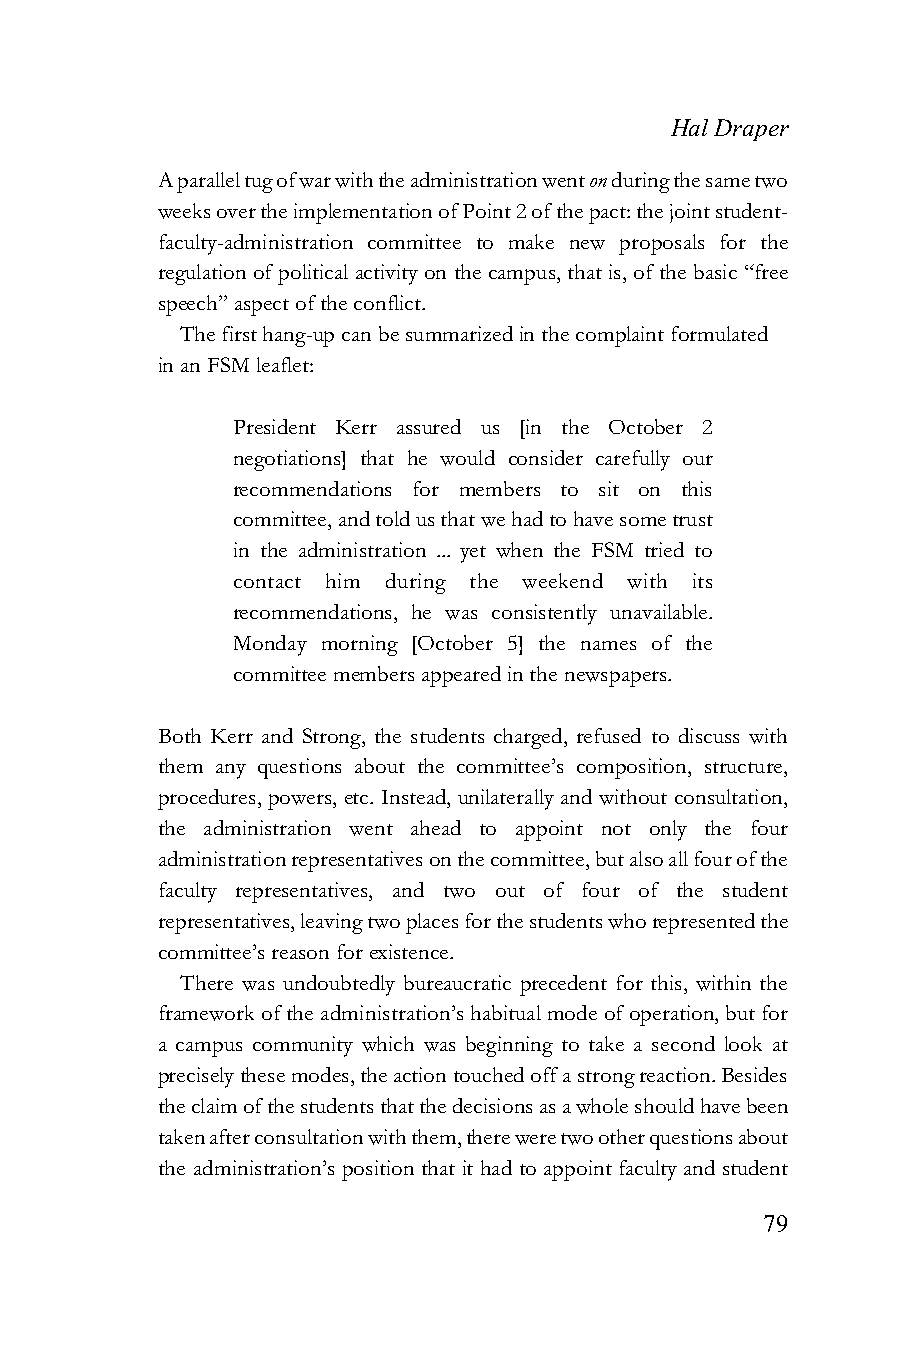
Hal Draper
 A parallel tug of war with the administration went on during the same two
 weeks over the implementation of Point 2 of the pact: the joint student-
 faculty-administration committee to make new proposals for the
 regulation of political activity on the campus, that is, of the basic “free
 speech” aspect of the conflict.
 The first hang-up can be summarized in the complaint formulated
 in an FSM leaflet:
 President Kerr assured us [in the October 2
 negotiations] that he would consider carefully our
 recommendations for members to sit on this
 committee, and told us that we had to have some trust
 in the administration ... yet when the FSM tried to
 contact him during the weekend with its
 recommendations, he was consistently unavailable.
 Monday morning [October 5] the names of the
 committee members appeared in the newspapers.
 Both Kerr and Strong, the students charged, refused to discuss with
 them any questions about the committee’s composition, structure,
 procedures, powers, etc. Instead, unilaterally and without consultation,
 the administration went ahead to appoint not only the four
 administration representatives on the committee, but also all four of the
 faculty representatives, and two out of four of the student
 representatives, leaving two places for the students who represented the
 committee’s reason for existence.
 There was undoubtedly bureaucratic precedent for this, within the
 framework of the administration’s habitual mode of operation, but for
 a campus community which was beginning to take a second look at
 precisely these modes, the action touched off a strong reaction. Besides
 the claim of the students that the decisions as a whole should have been
 taken after consultation with them, there were two other questions about
 the administration’s position that it had to appoint faculty and student
 79